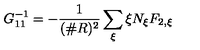
G _ { 1 1 } ^ { - 1 } = - \frac { 1 } { ( \# R ) ^ { 2 } } \sum _ { \xi } \xi N _ { \xi } F _ { 2 , \xi }